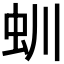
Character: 𧈶